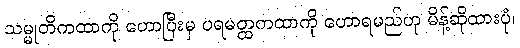
သမ္မုတိကထာကို ဟောပြီးမှ ပရမတ္ထကထာကို ဟောရမည်ဟု မိန့်ဆိုထားပုံ၊